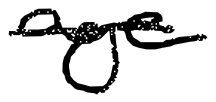
Text: age
Cross-out: single-line
Writing tool: digital_black